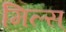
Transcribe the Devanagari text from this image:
मिल्स्